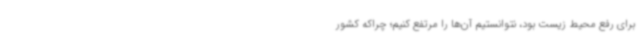
برای رفع محیط زیست بود، نتوانستیم آن‌ها را مرتفع کنیم؛ چراکه کشور